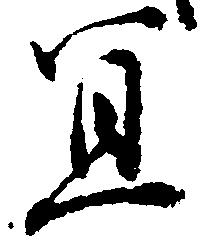
冥